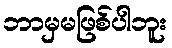
ဘာမှမဖြစ်ပါဘူး